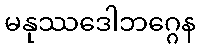
မနုဿဒေါဘဂ္ဂေန